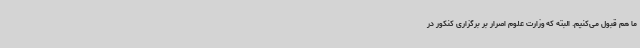
ما هم قبول می‌کنیم. البته که وزارت علوم اصرار بر برگزاری کنکور در